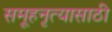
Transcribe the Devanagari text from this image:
समूहनृत्यासाठी